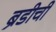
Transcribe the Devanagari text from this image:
ब्रँडीची